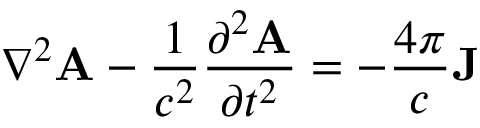
\nabla ^ { 2 } \mathbf { A } - { \frac { 1 } { c ^ { 2 } } } { \frac { \partial ^ { 2 } \mathbf { A } } { \partial t ^ { 2 } } } = - { \frac { 4 \pi } { c } } \mathbf { J }